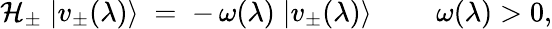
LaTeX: {\cal H}_{\pm}\; |v_{\pm}(\lambda)\rangle\; =\; -\, \omega(\lambda)\; |v_{\pm}(\lambda)\rangle\; \qquad\omega(\lambda)>0,